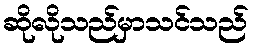
ဆိုလိုသည်မှာသင်သည်